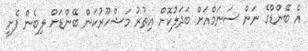
އެ ބޭންޑްގެ ނަން ސަނަމްއަށް ބަދަލުކޮށް އިތުރު މަޝްހޫރުކަން ބޭންޑަށް ލިބެން ފެށީ